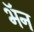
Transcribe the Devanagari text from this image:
भॅन